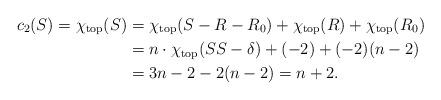
LaTeX: \begin{align*} c_2(S) =\chi_{\rm top}(S) & = \chi_{\rm top}(S - R - R_0) + \chi_{\rm top}(R) + \chi_{\rm top}(R_0)\\& = n \cdot \chi_{\rm top}(\SS - \delta) + (-2) + (-2)(n-2) \\& = 3n - 2 - 2(n-2)= n+2.\end{align*}